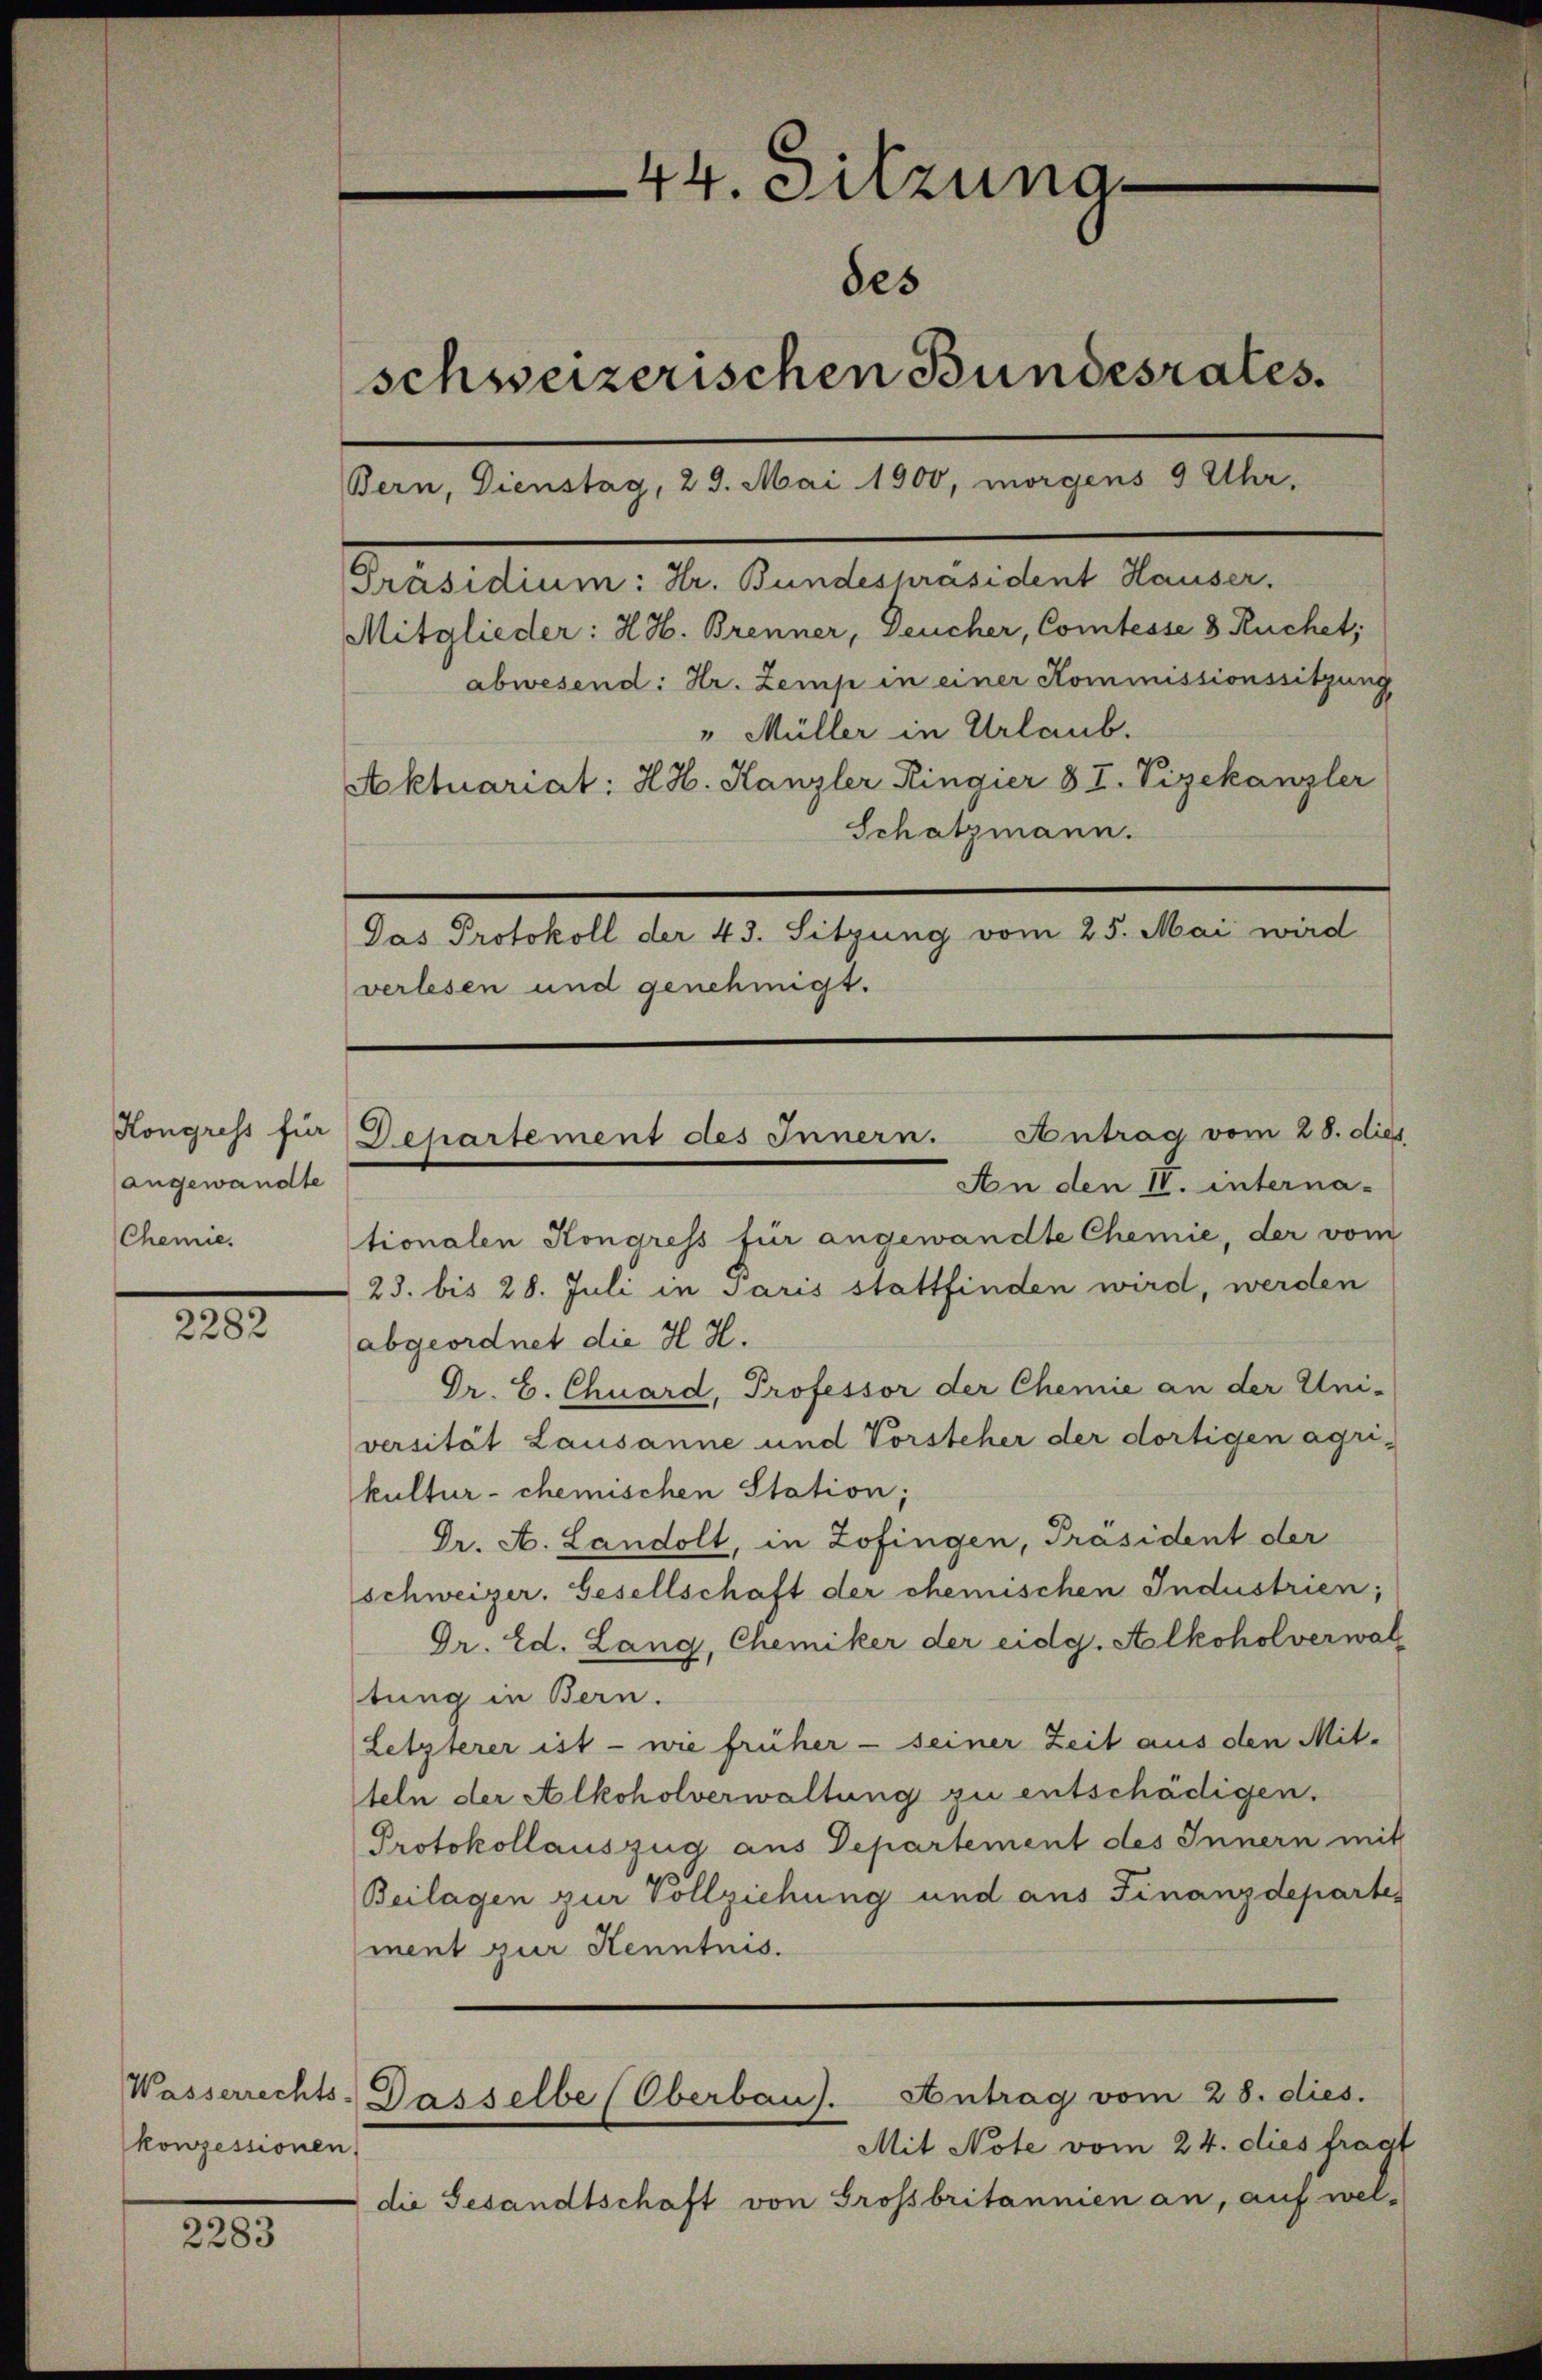
Kongress für
angewandte
Chemie.

2282

2283

konzessionen

44. Sitzuna
des
schweizerischen Bundesrates.
Bern, Dienstag, 29. Mai 1900, morgens 9 Uhr,
Präsidium: Hr. Bundespräsident Hauser.
Mitglieder: H. H. Brenner, Deucher, Comtesse 8 Ruchet,
abwesend: Hr. Zemp in einer Kommissionssitzung
" Müller in Urlaub.
Aktuariat: H. H. Kanzler Ringier 8 I. Vizekanzler
Schatzmann.
Das Protokoll der 43. Sitzung vom 25. Mai wird

verlesen und genehmigt.

Departement des Innern. Antrag vom 28. dies
An den IV. interna¬

tionalen Kongress für angewandte Chemie, der vom
23. bis 28. Juli in Paris stattfinden wird, werden
abgeordnet die H. H.
Dr. C. Chuard, Professor der Chemie an der Uni-
versität Lausanne und Vorsteher der dortigen agri-
kultur- chemischen Station;
Dr. A. Landolt, in Zofingen, Präsident der
schweizer. Gesellschaft der chemischen Industrien;
Dr. Ed. Lang, Chemiker der eidg. Alkoholverwal
tung in Bern.
Letzterer ist - wie früher - seiner Zeit aus den Mit-
teln der Alkoholverwaltung zu entschädigen.
Protokollauszug aus Departement des Innern mit
Beilagen zur Vollziehung und aus Finanzdepartement zur Kenntnis.
Wasserrechts-Dasselbe (Oberbaus. Antrag vom 28. dies.
Mit Note vom 24. dies fragt
die Gesandtschaft von Grossbritannien an, auf wel-